Etiology and epidemiology of plague
Disease focus: Plague
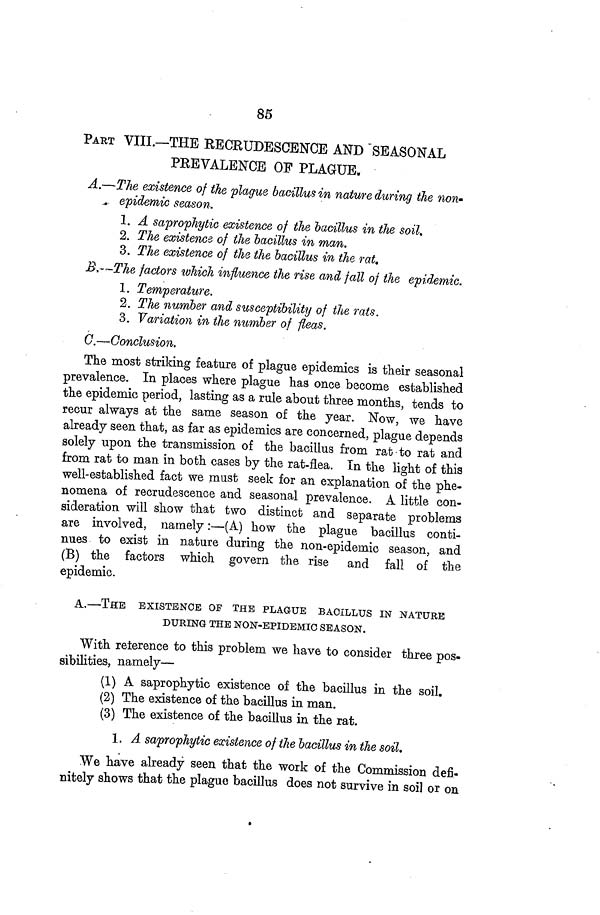
85
PART VIII.—THE RECRUDESCENCE AND SEASONAL
PREVALENCE OF PLAGUE,
A.—The existence of the plague bacillus in nature during the non-
epidemic season.
1. A saprophytic existence of the bacillus in the soil.
2. The existence of the bacillus in man.
3. The existence of the the bacillus in the rat.
B.—The factors which influence the rise and fall of the epidemic.
1. Temperature.
2. The number and susceptibility of the rats.
3. Variation in the number of fleas.
C.—Conclusion.
The most striking feature of plague epidemics is their seasonal
prevalence. In places where plague has once become established
the epidemic period, lasting as a rule about three months, tends to
recur always at the same season of the year. Now, we have
already seen that, as far as epidemics are concerned, plague depends
solely upon the transmission of the bacillus from rat to rat and
from rat to man in both cases by the rat-flea. In the light of this
well-established fact we must seek for an explanation of the phe-
nomena of recrudescence and seasonal prevalence. A little con-
sideration will show that two distinct and separate problems
are involved, namely:—(A) how the plague bacillus conti-
nues to exist in nature during the non-epidemic season, and
(B) the factors which govern the rise and fall of the
epidemic.
A.—THE EXISTENCE OF THE PLAGUE BACILLUS IN NATURE
DURING THE NON-EPIDEMIC SEASON.
With reterence to this problem we have to consider three pos-
sibilities, namely—
(1) A saprophytic existence of the bacillus in the soil.
(2) The existence of the bacillus in man.
(3) The existence of the bacillus in the rat.
1. A saprophytic existence of the bacillus in the soil.
We have already seen that the work of the Commission defi-
nitely shows that the plague bacillus does not survive in soil or on